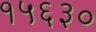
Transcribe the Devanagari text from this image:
१५६३०